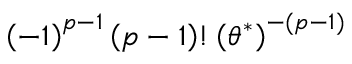
\left( - 1 \right) ^ { p - 1 } \left( p - 1 \right) ! \left( \theta ^ { * } \right) ^ { - ( p - 1 ) }